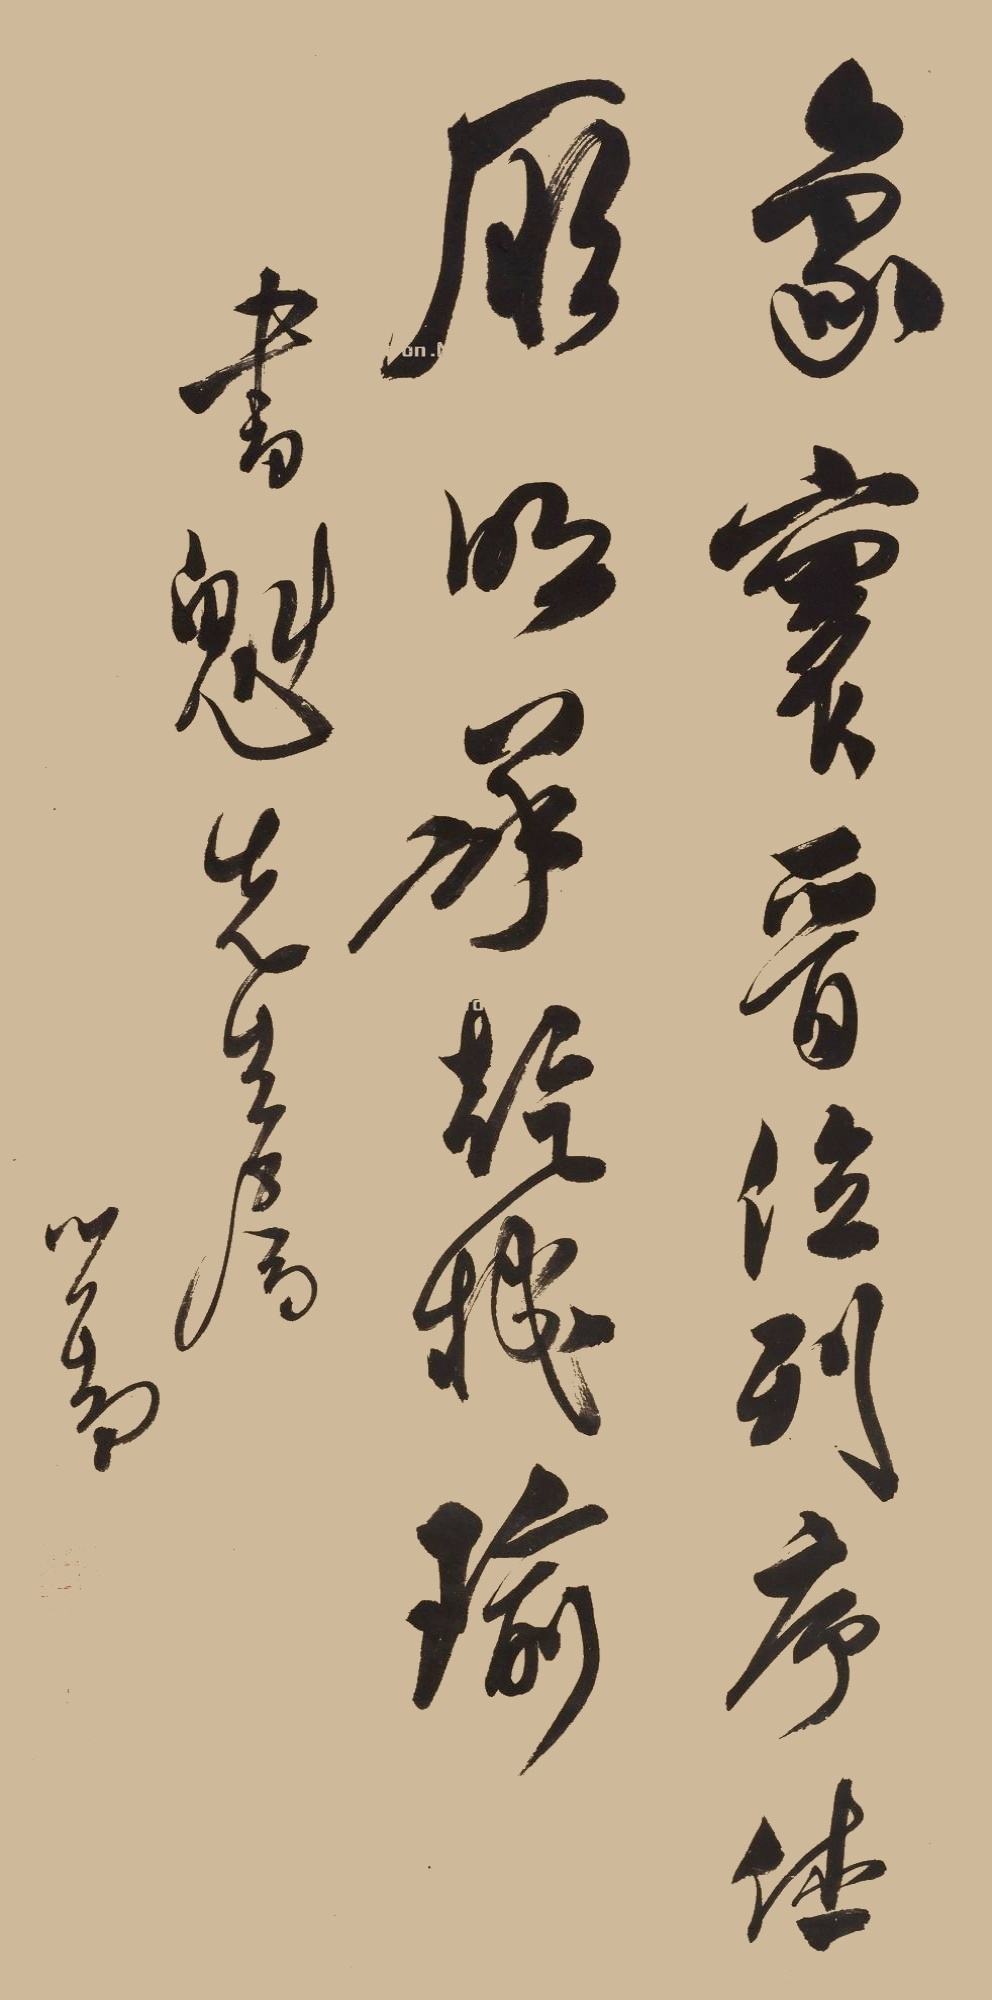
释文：象寰晋位，列序休厥，明承干机瑜。书魁先生属，心畬。